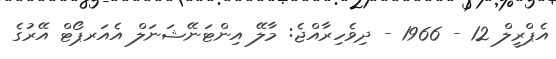
އެޕްރީލް 12 - 1966 - ދިވެހިރާއްޖެ: މާލޭ އިންޓަނޭޝަނަލް އެއަރޕޯޓް އޭރުގެ